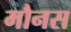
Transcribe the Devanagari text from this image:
मौनस